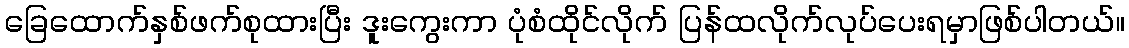
ခြေထောက်နှစ်ဖက်စုထားပြီး ဒူးကွေးကာ ပုံစံထိုင်လိုက် ပြန်ထလိုက်လုပ်ပေးရမှာဖြစ်ပါတယ်။